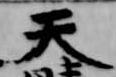
天